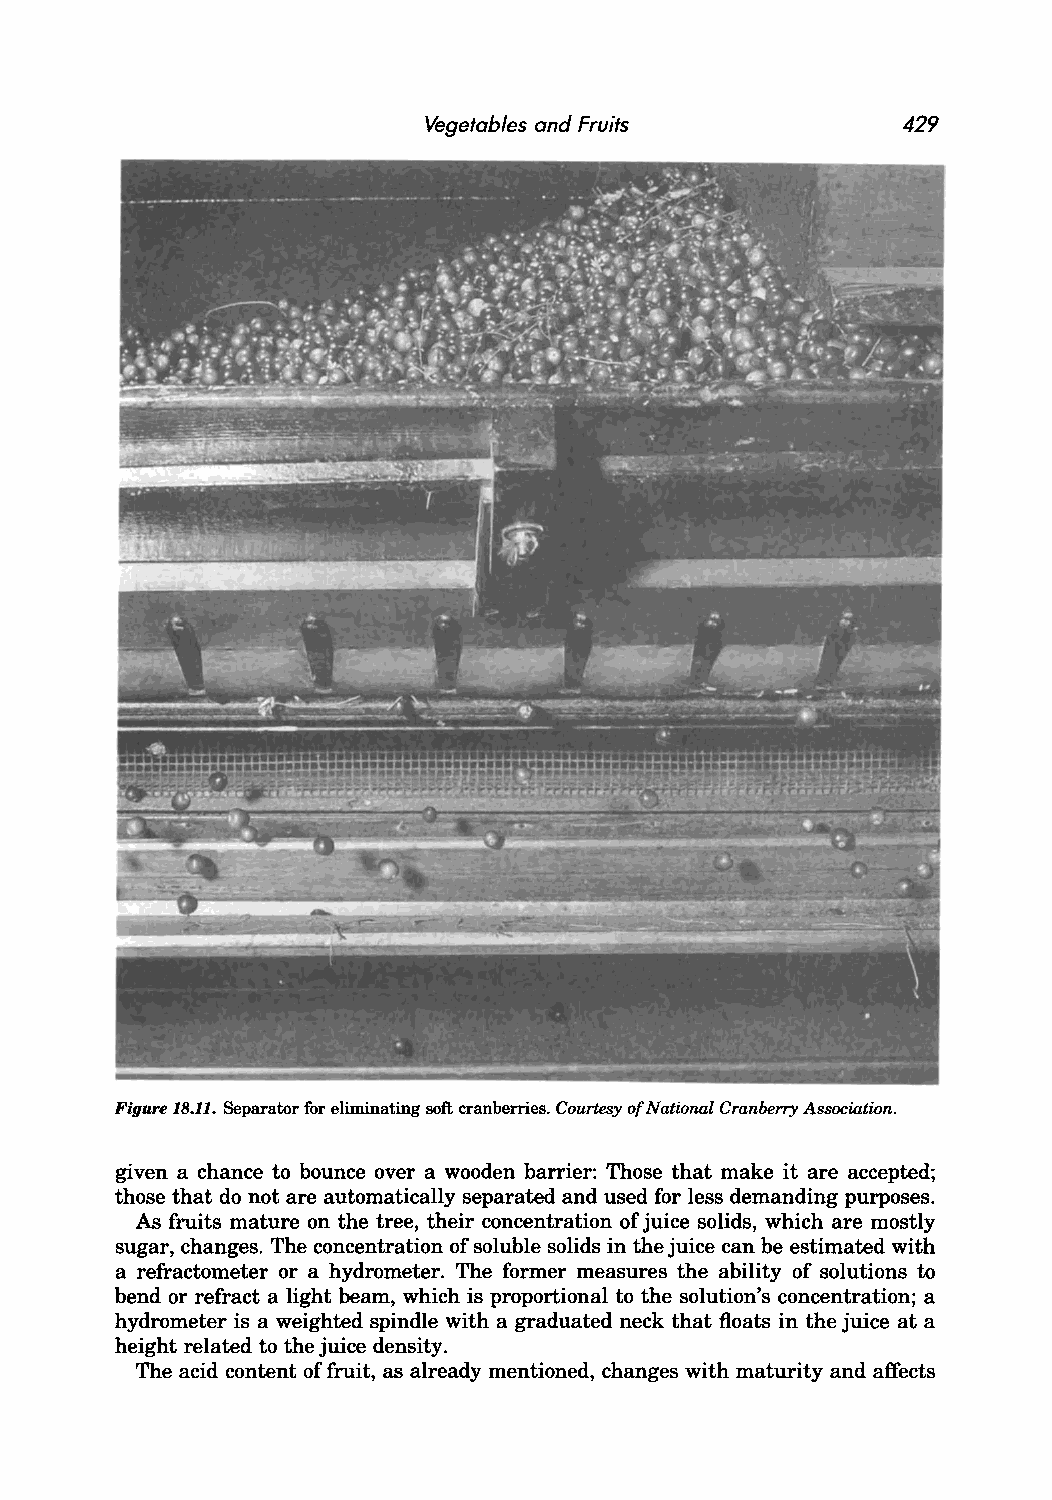
Vegetables and Fruits           429
 Figure IS.11. Separator for eliminating soft cranberries. Courtesy of National Cranberry Association.
 given a chance to bounce over a wooden barrier: Those that make it are accepted;
 those that do not are automatically separated and used for less demanding purposes.
 As fruits mature on the tree, their concentration of juice solids, which are mostly
 sugar, changes. The concentration of soluble solids in the juice can be estimated with
 a refractometer or a hydrometer. The former measures the ability of solutions to
 bend or refract a light beam, which is proportional to the solution's concentration; a
 hydrometer is a weighted spindle with a graduated neck that floats in the juice at a
 height related to the juice density.
 The acid content of fruit, as already mentioned, changes with maturity and affects